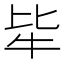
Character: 𤘤